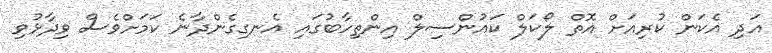
އަދި އެކަން ކުރިއަށް އޮތް ލޯކަލް ކައުންސިލް އިންތިހާބުގައި އެނގިގެންދާނެ ކަަމަށްވެސް ވިދާޅުވި